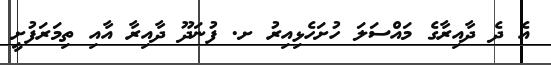
އެ ދެ ދާއިރާގެ މައްސަލަ ހުށަހެޅިއިރު ށ. ފުނަދޫ ދާއިރާ އާއި ތިމަރަފުށީ